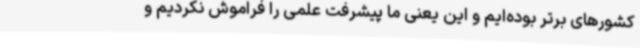
کشورهای برتر بوده‌ایم و این یعنی ما پیشرفت علمی را فراموش نکردیم و